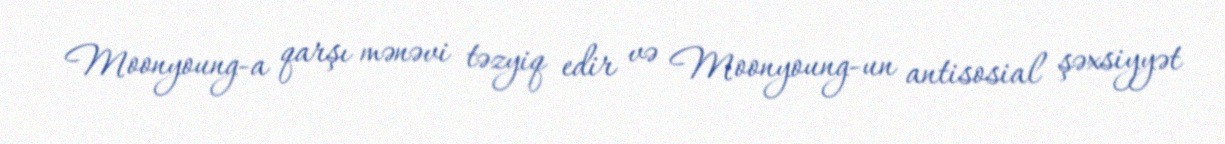
Moonyoung-a qarşı mənəvi təzyiq edir və Moonyoung-un antisosial şəxsiyyət